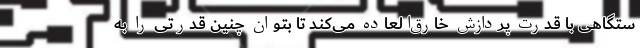
ستگاهی با قدرت پردازش خارق‌العاده می‌کند تا بتوان چنین قدرتی را به